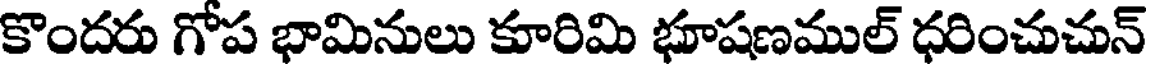
కొందరు గోప భామినులు కూరిమి భూషణముల్ ధరించుచున్